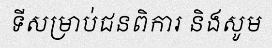
ទីសម្រាប់ជនពិការ និងសូម